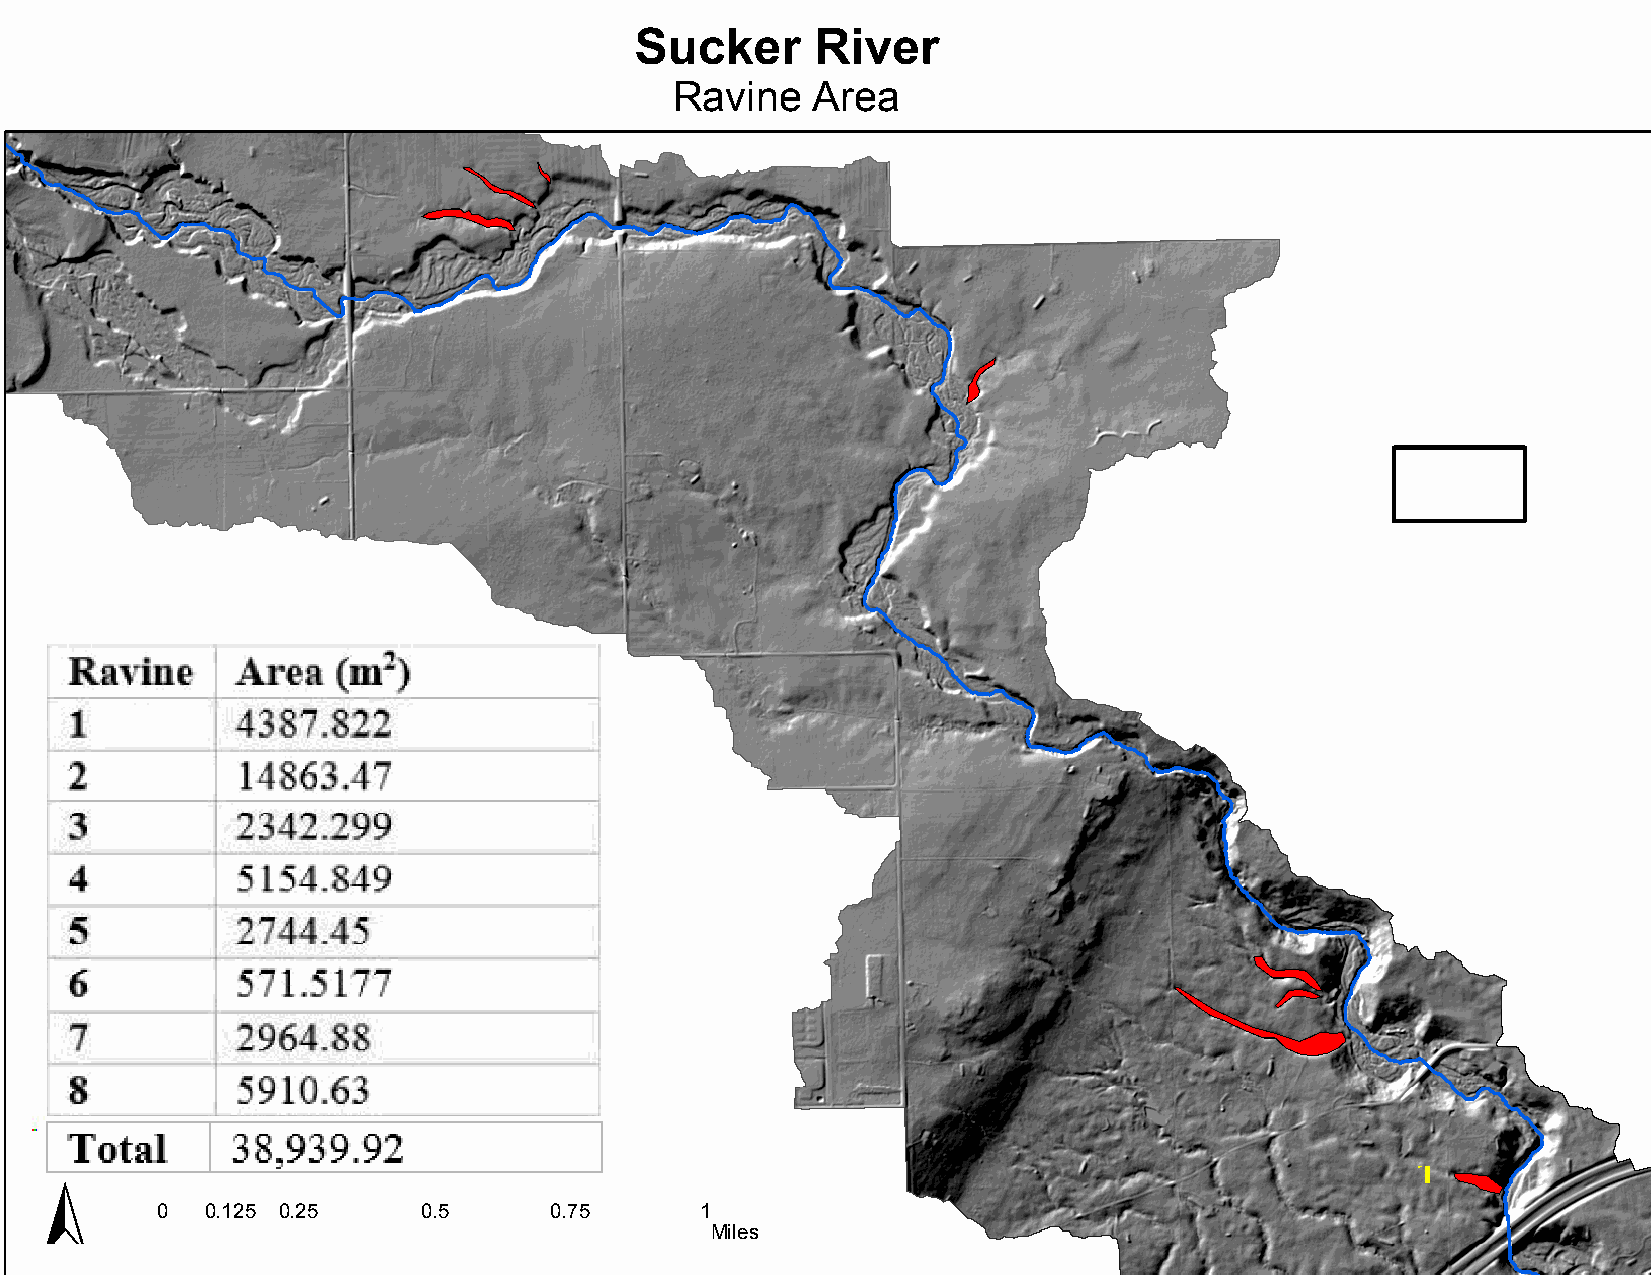
Sucker      River
 Ravine   Area
 7   6
 8
 5
 4
 2
 3
 ±
 1
 0   0.125 0.25    0.5     0.75      1
 Miles